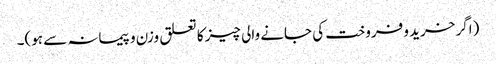
(اگر خرید و فروخت کی جانے والی چیز کا تعلق وزن و پیمانہ سے ہو)۔